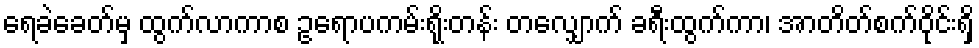
ရေခဲခေတ်မှ ထွက်လာကာစ ဥရောပကမ်းရိုးတန်း တလျှောက် ခရီးထွက်ကာ၊ အာတိတ်စက်ဝိုင်းရှိ